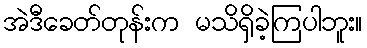
အဲဒီခေတ်တုန်းက မသိရှိခဲ့ကြပါဘူး။